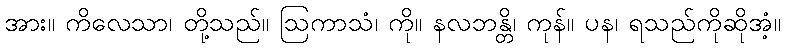
အား။ ကိလေသာ၊ တို့သည်။ ဩကာသံ၊ ကို။ နလဘန္တိ၊ ကုန်။ ပန၊ ရသည်ကိုဆိုအံ့။